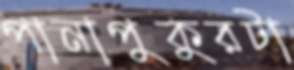
পানাপুকুরটা